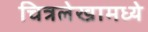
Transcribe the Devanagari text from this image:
चित्रलेखामध्ये